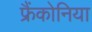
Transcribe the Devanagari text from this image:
फ्रैंकोनिया